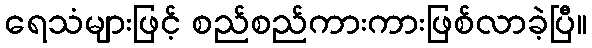
ရေသံများဖြင့် စည်စည်ကားကားဖြစ်လာခဲ့ပြီ။